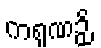
ကရုဏဉှိ